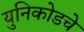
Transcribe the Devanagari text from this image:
युनिकोडचे